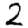
Digit: 2